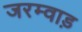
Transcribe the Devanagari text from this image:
जरम्वाड़